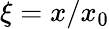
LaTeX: \xi=x/x_{0}